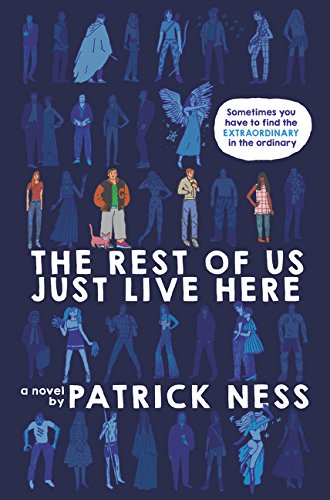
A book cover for The Rest of Us Just Live Here; Patrick Ness; Teen & Young Adult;